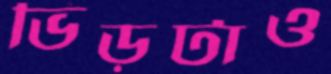
ভিড়টাও